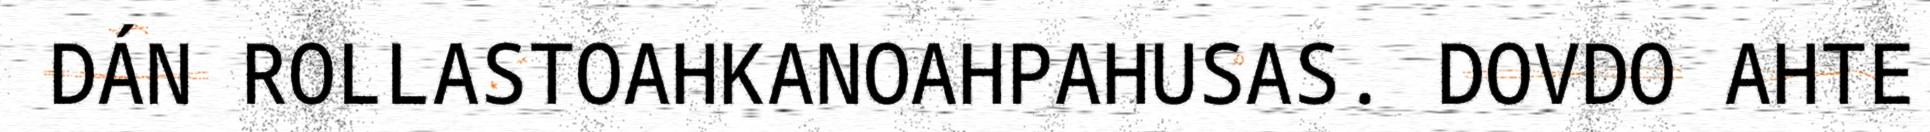
DÁN ROLLASTOAHKANOAHPAHUSAS. DOVDO AHTE